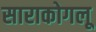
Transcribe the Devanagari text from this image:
साराकोगलू